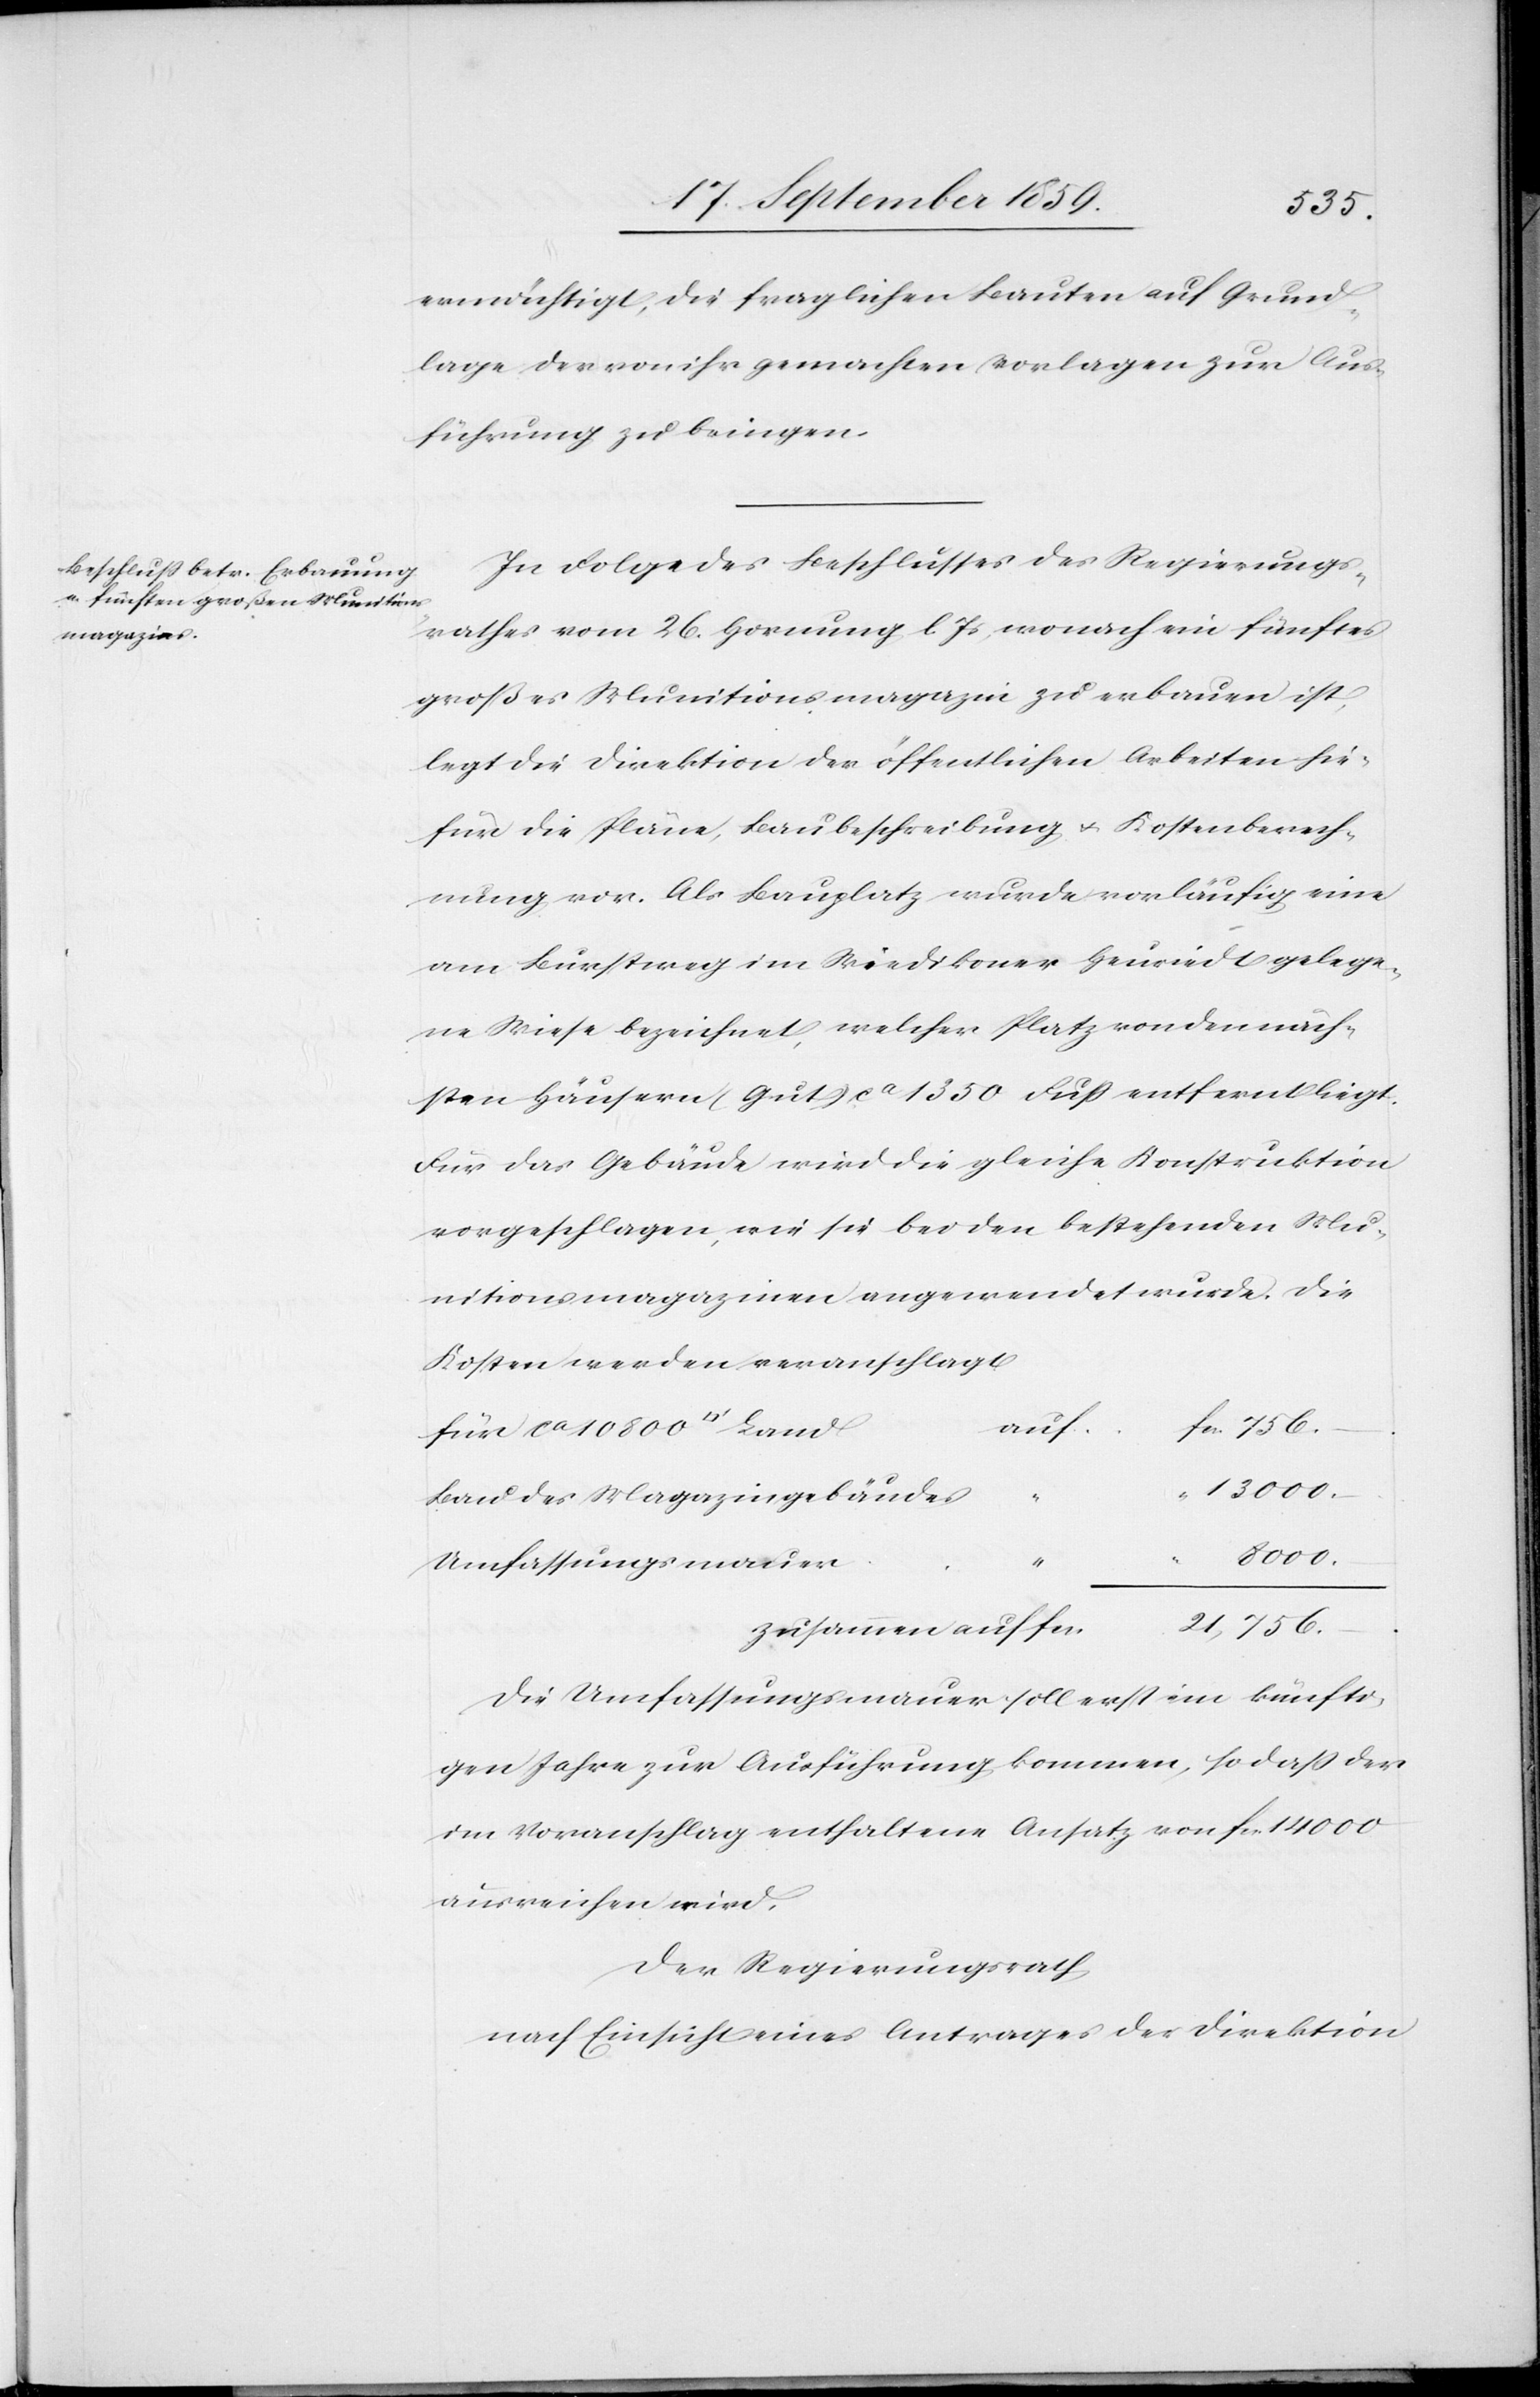
ermächtigt, die fraglichen Bauten auf Grund¬
lage der von ihr gemachten Vorlagen zur Aus¬
führung zu bringen.
In Folge des Beschlusses des Regierungs¬
rathes vom 26. Hornung l. Js, wonach ein fünftes
großes Munitionsmagazin zu erbauen ist,
legt die Direktion der öffentlichen Arbeiten hie¬
für die Pläne, Baubeschreibung & Kostenberech¬
nung vor. Als Bauplatz wurde vorläufig eine
am Burstweg im Wiedikoner Heuriedt gelege¬
ne Wiese bezeichnet, welcher Platz von den näch¬
sten Häusern (Gut) ca. 1350 Fuß entfernt liegt.
Für das Gebäude wird die gleiche Konstruktion
vorgeschlagen, wie sie bei den bestehenden Mu¬
nitionsmagazinen angewendet wurde. Die
Kosten werden veranschlagt
auf
13000.–
Bau des Magazingebäudes
8000.–
Umfassungsmauer
21,756.–
fcs.
Die Umfassungsmauer soll erst im künfti¬
gen Jahre zur Ausführung kommen, sodaß der
im Voranschlag enthaltene Ansatz von fcs. 14000
ausreichen wird.
Der Regierungsrath
nach Einsicht eines Antrages der Direktion